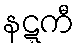
နဋ္ဋကီ